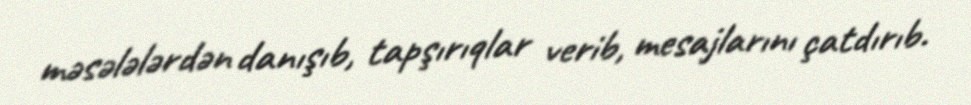
məsələlərdən danışıb, tapşırıqlar verib, mesajlarını çatdırıb.